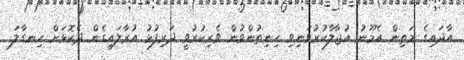
އާދައިގެ މަތިން އެމޫނު އުޖާލާކުރުވަނިވި ހިނިތުންވުން ވެރިކުރުވީ ދަރިފުޅު އުރާލައިގެން ދެކޮޅަށް ހިނގާލަ